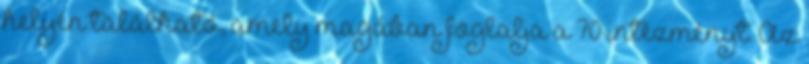
helyén található, amely magában foglalja a 70 intézményt. Az